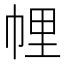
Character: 𢃇